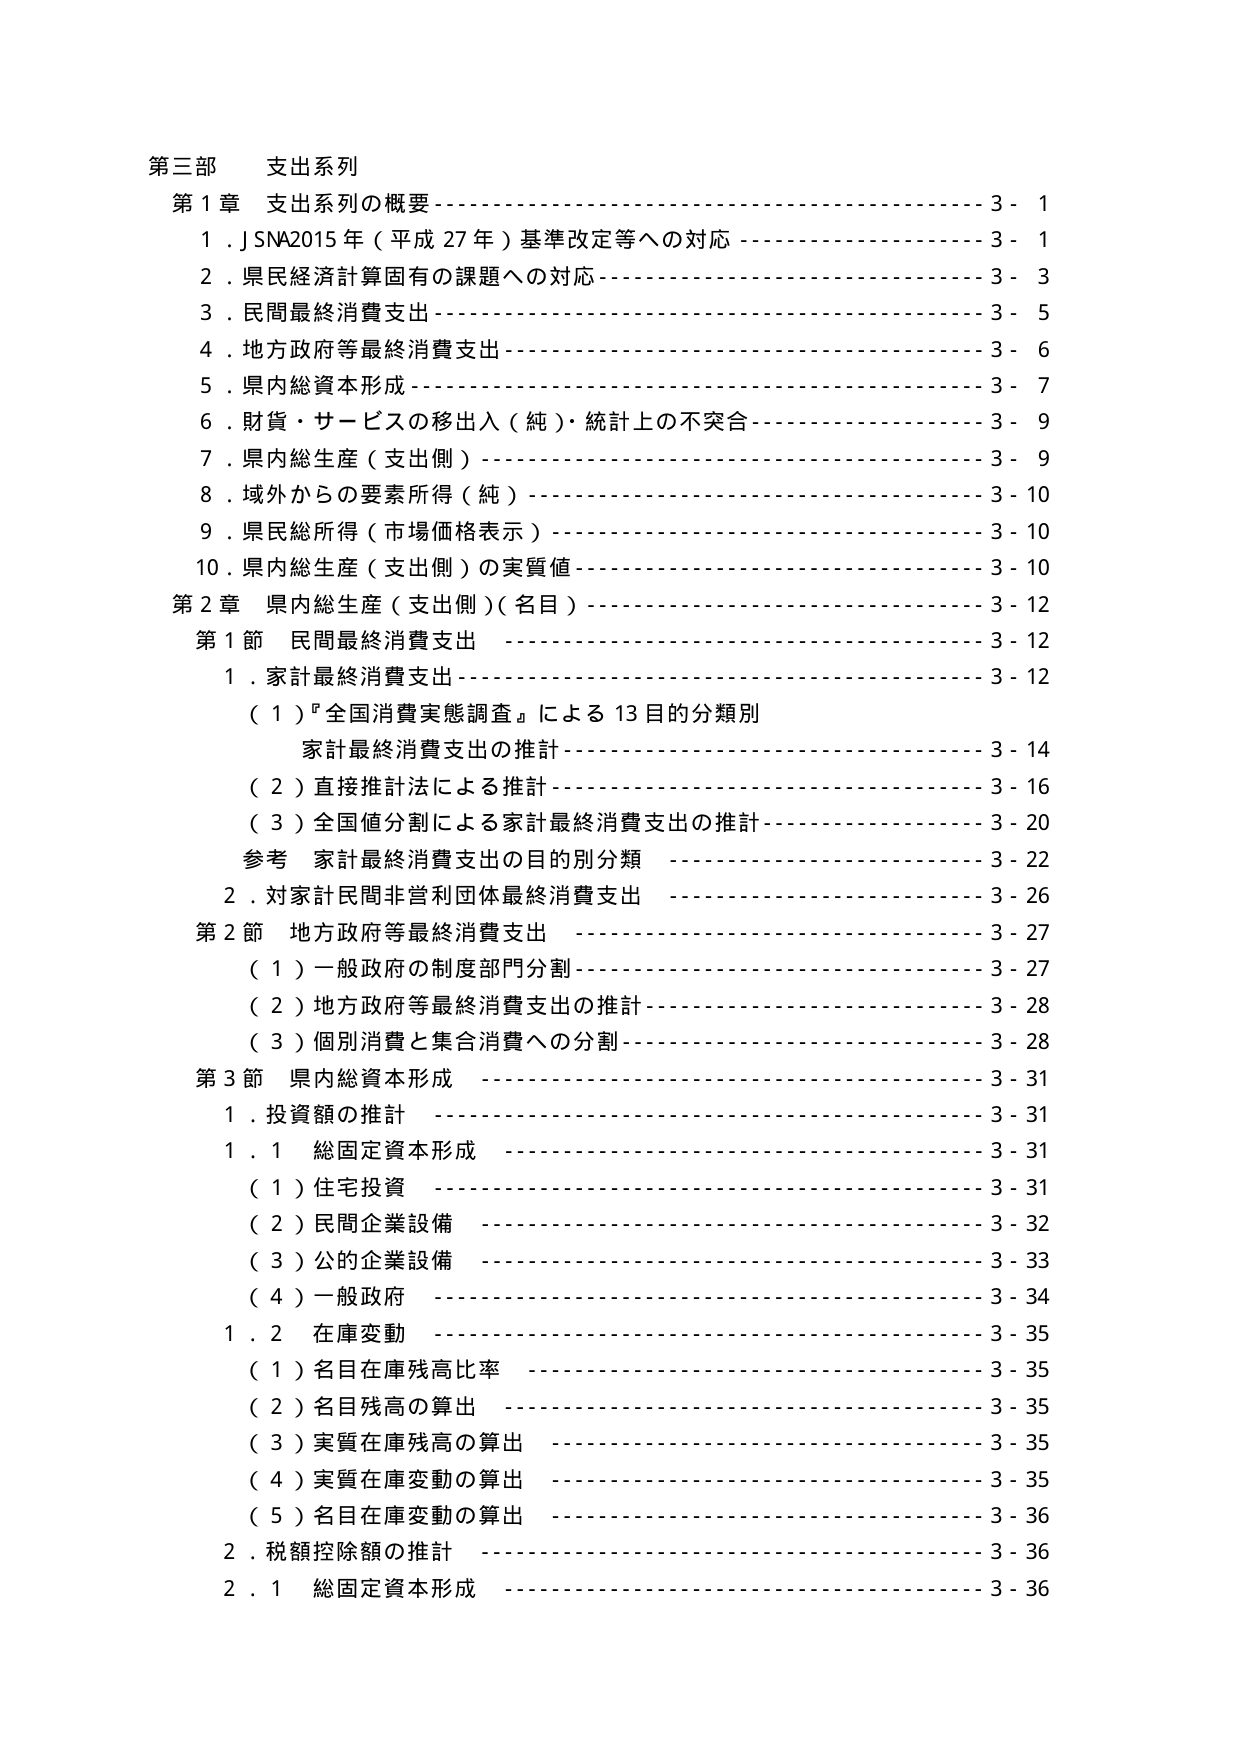
第三部 支出系列
第1章 支出系列の概要---------------------------------------------3-1
1．J SNA2015年（平成27年）基準改定等への対応------------------3-1
2．県民経済計算固有の課題への対応-----------------------------3-3
3．民間最終消費支出--------------------------------------------3-5
4．地方政府等最終消費支出--------------------------------------3-6
5．県内総資本形成----------------------------------------------3-7
6．財貨・サービスの移出入（純）・統計上の不突合----------------3-9
7．県内総生産（支出側）----------------------------------------3-9
8．域外からの要素所得（純）------------------------------------3-10
9．県民総所得（市場価格表示）----------------------------------3-10
10．県内総生産（支出側）の実質値------------------------------3-10
第2章 県内総生産（支出側）（名目）-----------------------------3-12
第1節 民間最終消費支出-----------------------------------------3-12
1．家計最終消費支出--------------------------------------------3-12
（1）『全国消費実態調査』による13目的分類別
家計最終消費支出の推計--------------------------------------3-14
（2）直接推計法による推計-------------------------------------3-16
（3）全国値分割による家計最終消費支出の推計------------------3-20
参考 家計最終消費支出の目的別分類-----------------------------3-22
2．対家計民間非営利団体最終消費支出---------------------------3-26
第2節 地方政府等最終消費支出-----------------------------------3-27
（1）一般政府の制度部門分割-----------------------------------3-27
（2）地方政府等最終消費支出の推計-----------------------------3-28
（3）個別消費と集合消費への分割------------------------------3-28
第3節 県内総資本形成-------------------------------------------3-31
1．投資額の推計-----------------------------------------------3-31
1．1 総固定資本形成-------------------------------------------3-31
（1）住宅投資-----------------------------------------------3-31
（2）民間企業設備-------------------------------------------3-32
（3）公の企業設備-------------------------------------------3-33
（4）一般政府-----------------------------------------------3-34
1．2 在庫変動-----------------------------------------------3-35
（1）名目在庫残高比率---------------------------------------3-35
（2）名目残高の算出-----------------------------------------3-35
（3）実質在庫残高の算出-------------------------------------3-35
（4）実質在庫変動の算出-------------------------------------3-35
（5）名目在庫変動の算出-------------------------------------3-36
2．税額控除額の推計-------------------------------------------3-36
2．1 総固定資本形成-------------------------------------------3-36